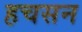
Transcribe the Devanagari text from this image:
हचसन